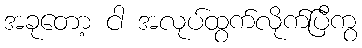
အခုတော့ ငါ အလုပ်ထွက်လိုက်ပြီကွ